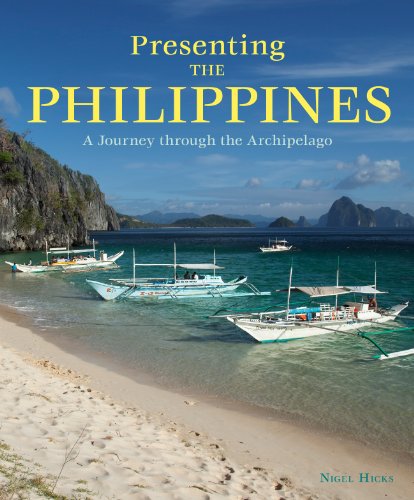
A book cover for Presenting the Philippines; Nigel Hicks; Travel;